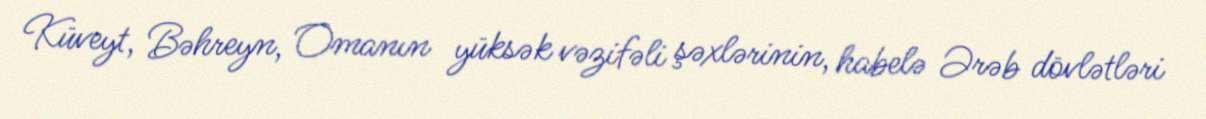
Küveyt, Bəhreyn, Omanın yüksək vəzifəli şəxlərinin, habelə Ərəb dövlətləri